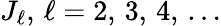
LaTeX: J_{\ell},\, \ell=2,\, 3,\, 4,\, \ldots